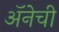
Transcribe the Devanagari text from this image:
अॅनेची